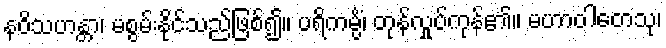
နဝိသဟန္တာ၊ မစွမ်းနိုင်သည်ဖြစ်၍။ ပရိကမ္ပိံ၊ တုန်လှုပ်ကုန်၏။ မဟာဝါတေသု၊